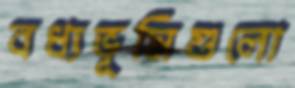
বধ্যভূমিগুলো